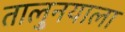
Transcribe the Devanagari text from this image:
तालु्नयाला